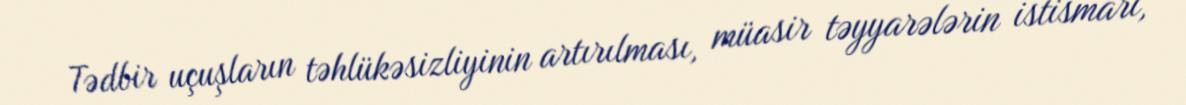
Tədbir uçuşların təhlükəsizliyinin artırılması, müasir təyyarələrin istismarı,